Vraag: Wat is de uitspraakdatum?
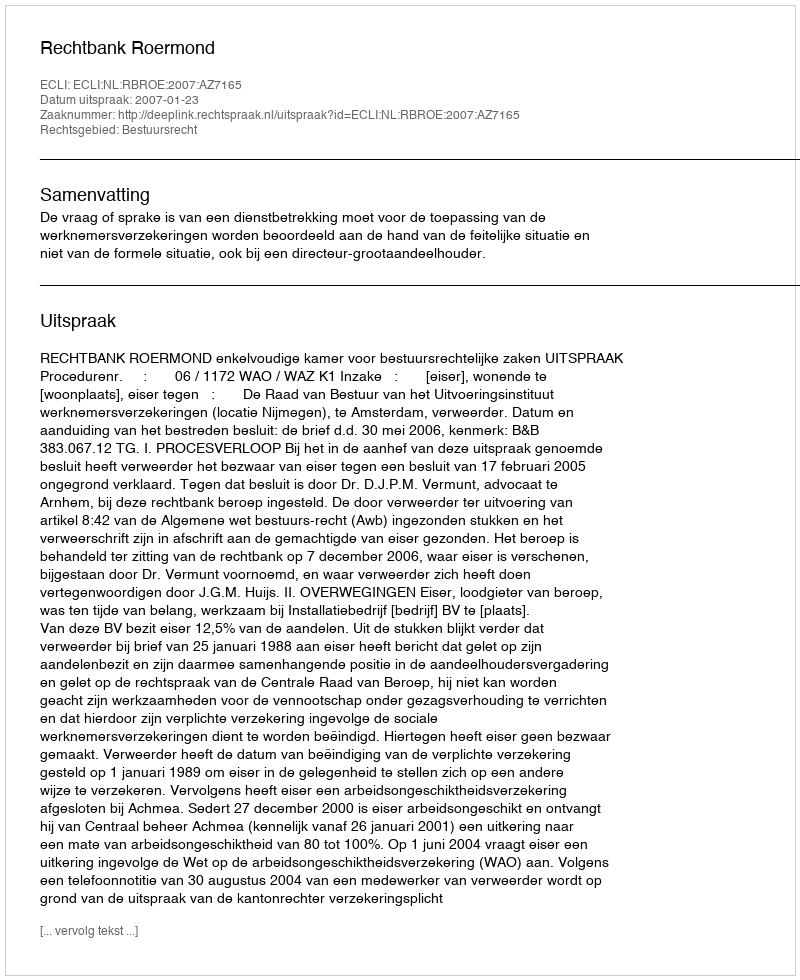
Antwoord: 2007-01-23